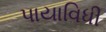
પાયાવિધી